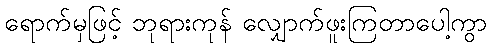
ရောက်မှဖြင့် ဘုရားကုန် လျှောက်ဖူးကြတာပေါ့ကွာ